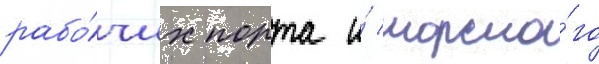
рабо́чих порта и́ морско́го